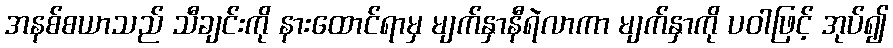
အနစ်စယာသည် သီချင်းကို နားထောင်ရာမှ မျက်နှာနီရဲလာကာ မျက်နှာကို ပဝါဖြင့် အုပ်၍